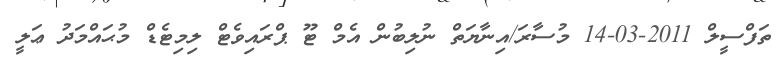
ތަފްސީލް 2011-03-14 މުސާރަ/އިނާޔަތް ނުލިބުން އެމް ޓޫ ޕްރައިވެޓް ލިމިޓެޑް މުޙައްމަދު ޢަލީ